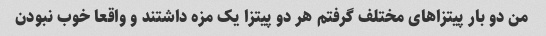
من دو بار پیتزاهاى مختلف گرفتم هر دو پیتزا یک مزه داشتند و واقعا خوب نبودن